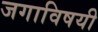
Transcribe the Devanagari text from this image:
जगाविषयी